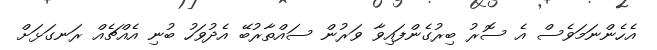
އެހެންނަމަވެސް އެ ސޮރު ބިރުގެންފައިވާ ވަރުން ސައްތާރުބޭ އެދުވަހު ބުނި އެއްޗެއް ރަނގަޅަށް